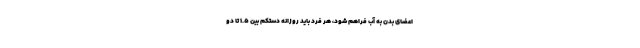
اعضای بدن به آب فراهم شود، هر فرد باید روزانه دستکم بین ۱.۵ تا دو